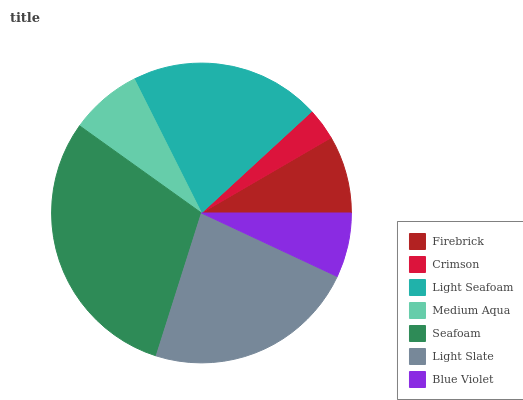
| Firebrick | Crimson | Light Seafoam | Medium Aqua | Seafoam | Light Slate | Blue Violet |
 | --- | --- | --- | --- | --- | --- | --- |
 | 8.38% | 3.47% | 20.6% | 7.73% | 30% | 22.9% | 6.98% |